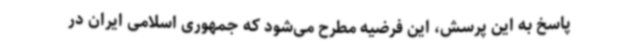
پاسخ به این پرسش، این فرضیه مطرح می‌شود که جمهوری اسلامی ایران در